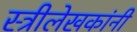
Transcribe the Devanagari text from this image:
स्त्रीलेखकांनी